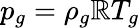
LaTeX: p_{g}=\rho_{g}\mathbb{R}T_{g}